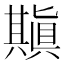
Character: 𠔶